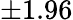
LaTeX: \pm 1.96